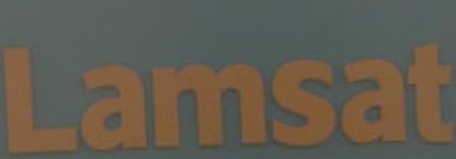
Lamsat